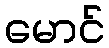
မောင်